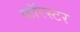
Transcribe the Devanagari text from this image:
फॉरस्टर